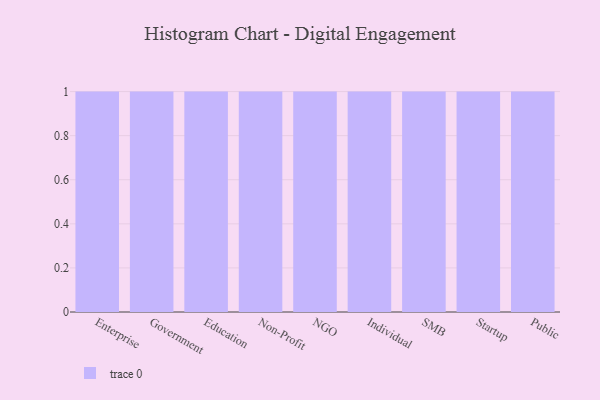
{"axis": {"x": "Segment", "y": "Revenue (USD Million)"}, "legend": [""], "data": [{"x": "Enterprise", "y": 39, "type": ""}, {"x": "Government", "y": 57, "type": ""}, {"x": "Education", "y": 22, "type": ""}, {"x": "Non-Profit", "y": 57, "type": ""}, {"x": "NGO", "y": 73, "type": ""}, {"x": "Individual", "y": 25, "type": ""}, {"x": "SMB", "y": 24, "type": ""}, {"x": "Startup", "y": 17, "type": ""}, {"x": "Public", "y": 19, "type": ""}]}